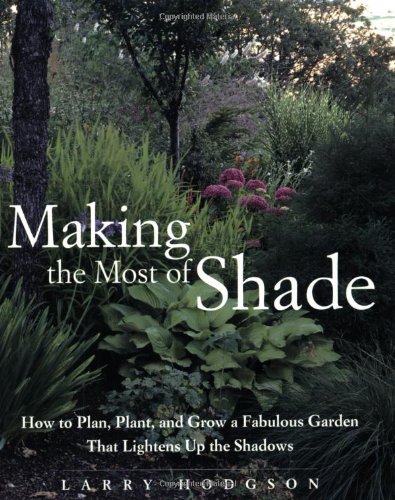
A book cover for Making the Most of Shade: How to Plan, Plant, and Grow a Fabulous Garden that Lightens up the Shadows; Larry Hodgson; Crafts, Hobbies & Home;